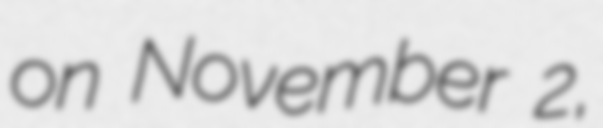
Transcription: on November 2,